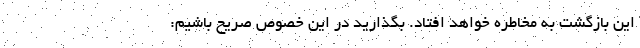
این بازگشت به مخاطره خواهد افتاد. بگذارید در این خصوص صریح باشیم: